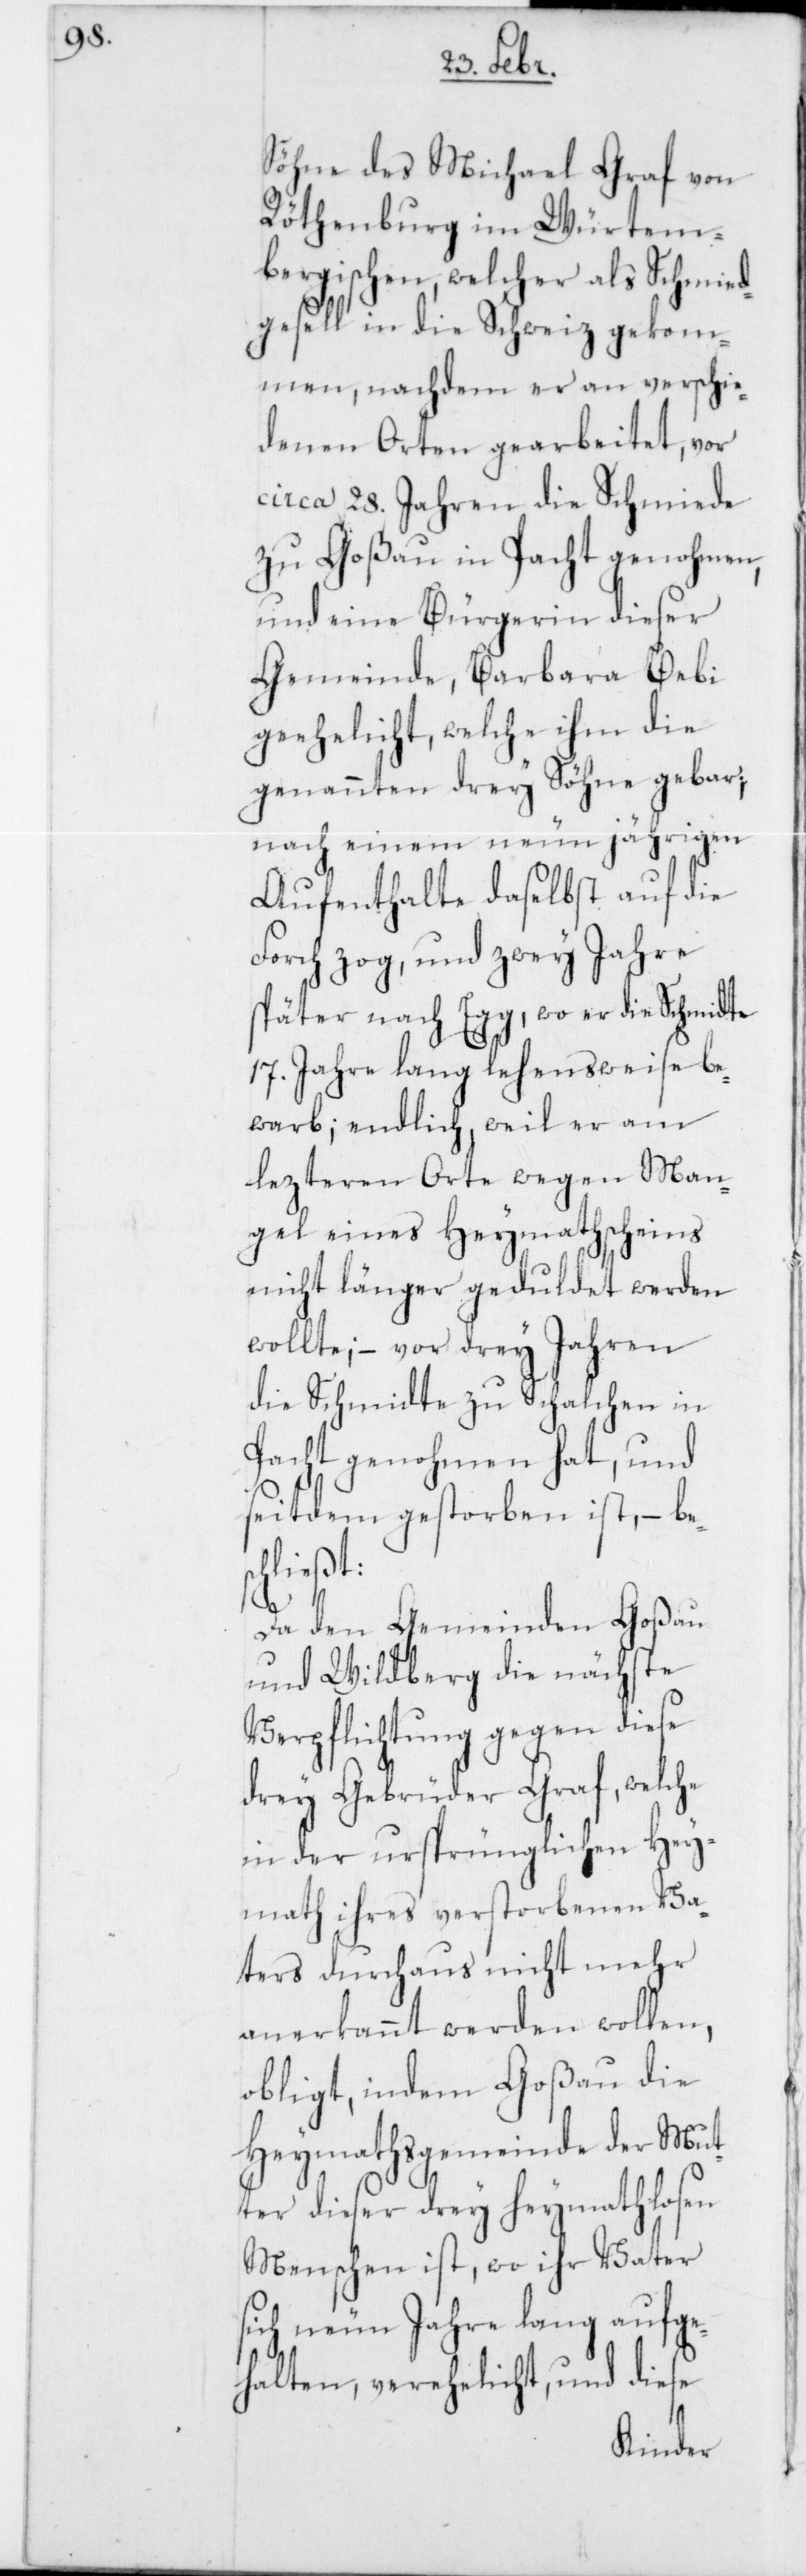
Söhne des Michael Graf von
Röthenburg im Würtem¬
bergischen, welcher als Schmied¬
gesell in die Schweiz gekom¬
men, nachdem er an verschie¬
denen Orten gearbeitet, vor
circa 28. Jahren die Schmiede
zu Goßau in Pacht genohmen,
und eine Bürgerin dieser
Gemeinde, Barbara Bebi
geehelicht, welche ihm die
genannten drey Söhne gebar;
nach einem neun jährigen
Aufenthalte daselbst auf die
Forch zog, und zwey Jahre
später nach Egg, wo er die Schmidte
17. Jahre lang lehensweise be¬
warb; endlich weil er am
lezteren Orte wegen Man¬
gel eines Heymathscheins
nicht länger geduldet werden
wollte; – vor drey Jahren
die Schmidte zu Schalchen in
Pacht genohmen hat, und
seitdem gestorben ist, – be¬
schließt:
Da den Gemeinden Goßau
und Wildberg die nächste
Verpflichtung gegen diese
drey Gebrüder Graf, welche
in der ursprünglichen Hey¬
math ihres verstorbenen Va¬
ters durchaus nicht mehr
anerkannt werden wollen,
obligt, indem Goßau die
Heymathsgemeinde der Mut¬
ter dieser drey heymathlosen
Menschen ist, wo ihr Vater
sich neun Jahre lang aufge¬
halten, verehelicht, und diese